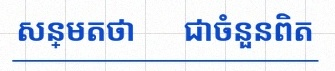
សន្មតថា x ជាចំនួនពិត